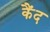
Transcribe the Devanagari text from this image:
कैंद